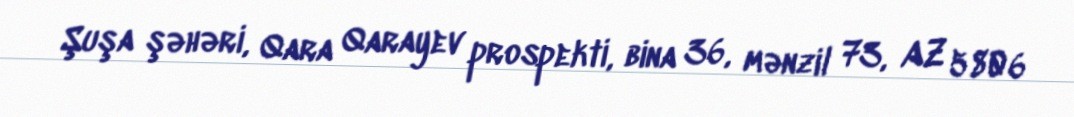
Şuşa şəhəri, Qara Qarayev prospekti, bina 36, mənzil 73, AZ 5806